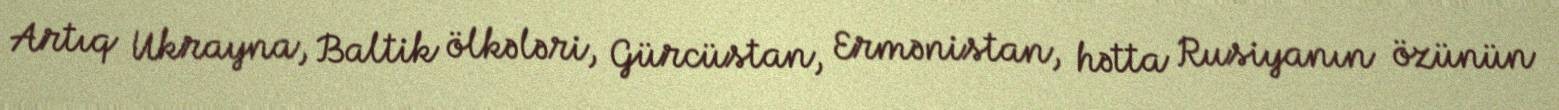
Artıq Ukrayna, Baltik ölkələri, Gürcüstan, Ermənistan, hətta Rusiyanın özünün